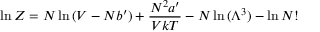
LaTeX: \ln Z = N \ln { ( V - N b ^ { \prime } ) } + { \frac { N ^ { 2 } a ^ { \prime } } { V k T } } - N \ln { ( \Lambda ^ { 3 } ) } - \ln { N ! }